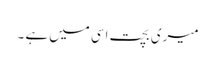
میری بچت اسی میں ہے ۔